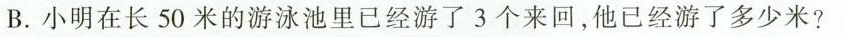
B.小明在长50米的游泳池里已经游了3个来回，他已经游了多少米?